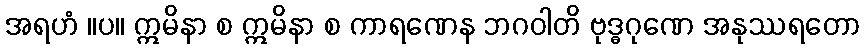
အရဟံ ။ပ။ ဣမိနာ စ ဣမိနာ စ ကာရဏေန ဘဂဝါတိ ဗုဒ္ဓဂုဏေ အနုဿရတော